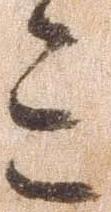
み